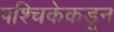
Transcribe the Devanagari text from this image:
पश्चिकेकडून